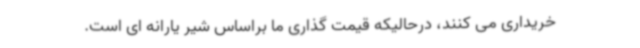
خریداری می کنند، درحالیکه قیمت گذاری ما براساس شیر یارانه ای است.